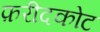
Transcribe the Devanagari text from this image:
फ़रीदकोट